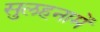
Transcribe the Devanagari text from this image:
सुलहनामें